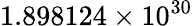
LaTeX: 1.898124\times 10^{30}